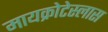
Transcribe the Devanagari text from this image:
मायक्रोटेस्लास